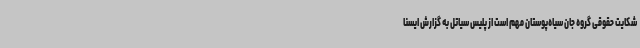
شکایت حقوقی گروه جان سیاه‌پوستان مهم است از پلیس سیاتل به گزارش ایسنا